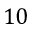
1 0